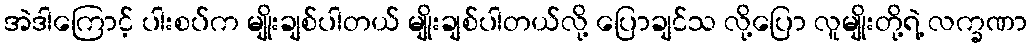
အဲဒါကြောင့် ပါးစပ်က မျိုးချစ်ပါတယ် မျိုးချစ်ပါတယ်လို့ ပြောချင်သ လို့ပြော လူမျိုးတို့ရဲ့ လက္ခဏာ